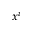
x ^ { i }